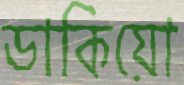
ডাকিয়ো